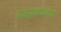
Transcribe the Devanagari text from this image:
नवसाध्यवाद